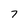
Character: 7